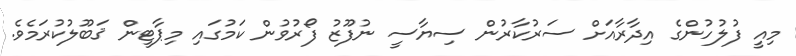
މިއީ ފުލުހުންގެ އިދާރާއަށް ސަރުކާރުން ސިޔާސީ ނުފޫޒު ފޯރުވުން ކަމުގައި މިޕާޓީން ޤަބޫލުކުރަމެވެ.